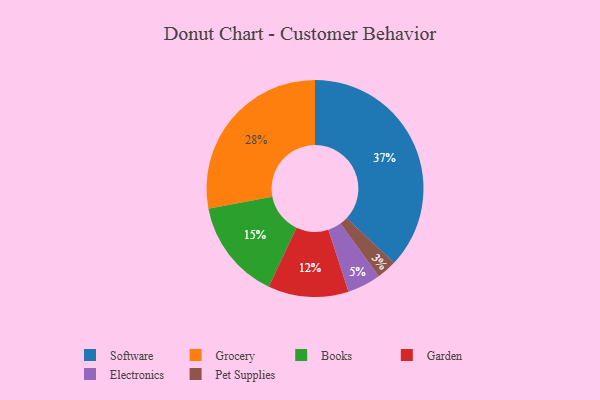
{"axis": {"x": "Category", "y": "Percentage"}, "legend": ["Books", "Electronics", "Garden", "Grocery", "Pet Supplies", "Software"], "data": [{"x": "Pet Supplies", "y": 3, "type": "Pet Supplies"}, {"x": "Electronics", "y": 5, "type": "Electronics"}, {"x": "Books", "y": 15, "type": "Books"}, {"x": "Software", "y": 37, "type": "Software"}, {"x": "Garden", "y": 12, "type": "Garden"}, {"x": "Grocery", "y": 28, "type": "Grocery"}]}